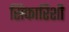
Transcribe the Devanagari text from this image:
सिफारिशी